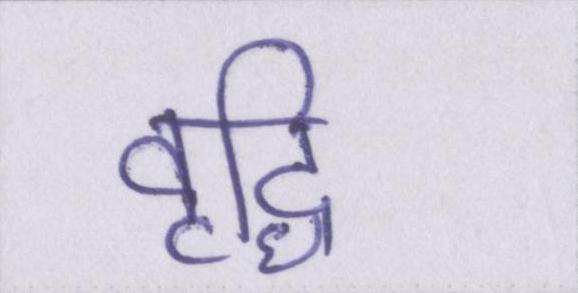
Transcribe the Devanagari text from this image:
वृद्धि